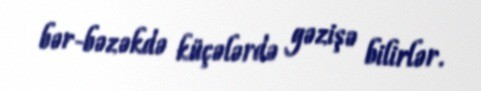
bər-bəzəkdə küçələrdə gəzişə bilirlər.